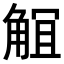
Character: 𧣬